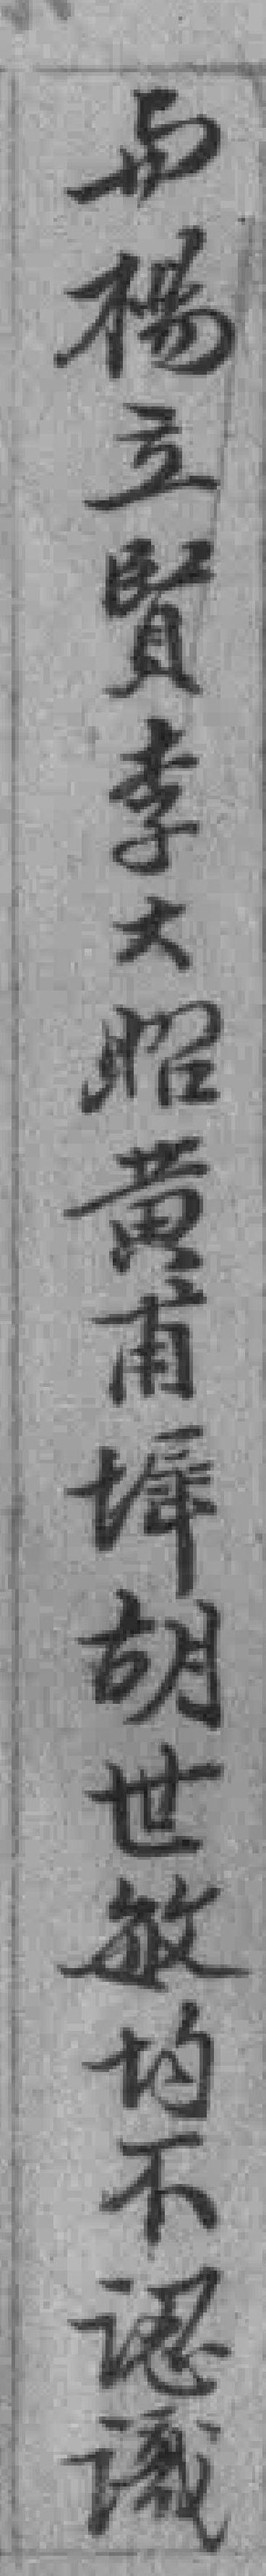
与楊立賢李大昭黄甫墀胡世敏均不認識